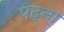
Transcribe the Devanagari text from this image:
पढ्ना